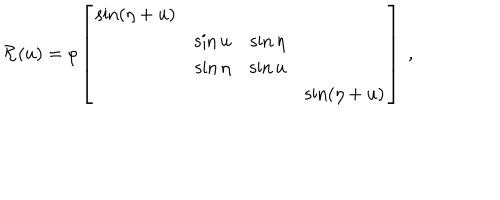
{ \cal R } ( u ) = \rho \left[ \begin{array} { c c c c } { { \sin ( \eta + u ) } } & { { } } & { { } } & { { } } \\ { { } } & { { \sin u } } & { { \sin \eta } } & { { } } \\ { { } } & { { \sin \eta } } & { { \sin u } } & { { } } \\ { { } } & { { } } & { { } } & { { \sin ( \eta + u ) } } \\ \end{array} \right] ~ ,